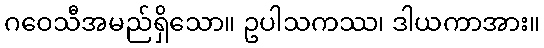
ဂဝေသီအမည်ရှိသော။ ဥပါသကဿ၊ ဒါယကာအား။